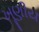
ખૂણીય